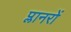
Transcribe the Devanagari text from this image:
प्लानरों